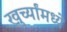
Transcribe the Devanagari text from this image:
खुर्च्यांमध्ये